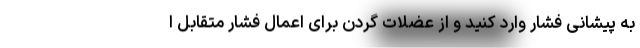
به پیشانی فشار وارد کنید و از عضلات گردن برای اعمال فشار متقابل ا